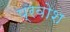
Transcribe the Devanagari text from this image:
प्रवोश